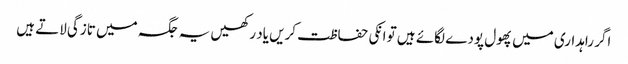
اگر راہداری میں پھول پودے لگائے ہیں تو انکی حفاظت کریں یاد رکھیں یہ جگہ میں تازگی لاتے ہیں